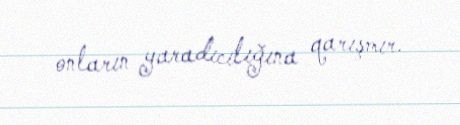
onların yaradıcılığına qarışmır.